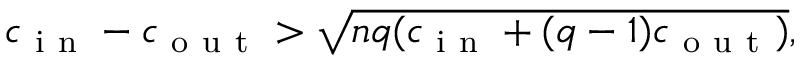
\begin{array} { r } { c _ { \mathrm { ~ i ~ n ~ } } - c _ { \mathrm { ~ o ~ u ~ t ~ } } > \sqrt { n q ( c _ { \mathrm { ~ i ~ n ~ } } + ( q - 1 ) c _ { \mathrm { ~ o ~ u ~ t ~ } } ) } , } \end{array}